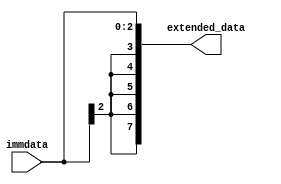
`timescale 1ns / 1ps

module Extend_data(
    input [2:0] immdata,
    output [7:0] extended_data
    );
    
    wire sign;
    assign sign  = immdata[2];
    wire [5:0]ext_sign;
    assign ext_sign = {5{sign}};
    assign extended_data={ext_sign,immdata};
    
     
endmodule